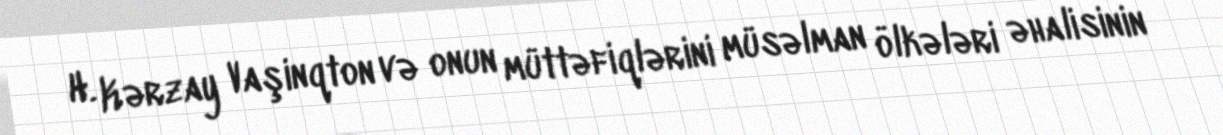
H. Kərzay Vaşinqton və onun müttəfiqlərini müsəlman ölkələri əhalisinin